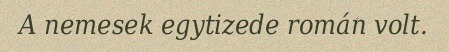
A nemesek egytizede román volt.